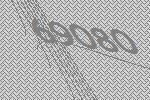
69080